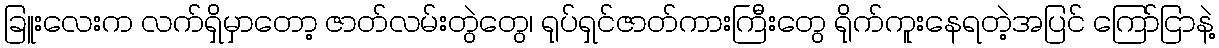
ခြူးလေးက လက်ရှိမှာတော့ ဇာတ်လမ်းတွဲတွေ၊ ရုပ်ရှင်ဇာတ်ကားကြီးတွေ ရိုက်ကူးနေရတဲ့အပြင် ကြော်ငြာနဲ့